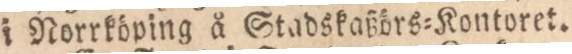
i Norrköping å Stadskaßörs=Kontoret.